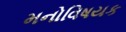
મનોવિષયક